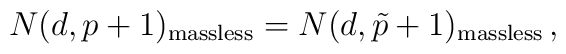
N(d,p+1)_{\rm massless}=N(d,\tilde{p}+1)_{\rm massless}\, ,